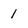
Character: 1